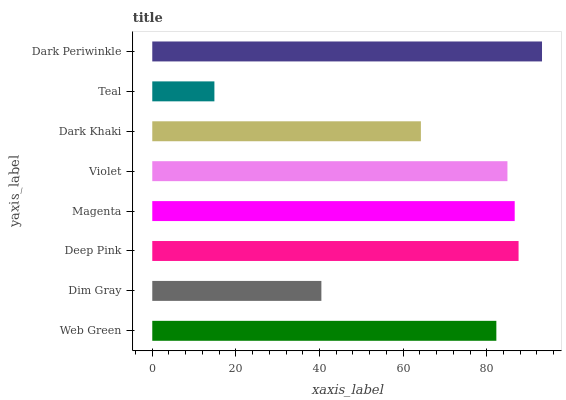
| yaxis_label | bars |
 | --- | --- |
 | Web Green | 82.3 |
 | Dim Gray | 40.4 |
 | Deep Pink | 87.6 |
 | Magenta | 86.7 |
 | Violet | 84.9 |
 | Dark Khaki | 64.2 |
 | Teal | 14.9 |
 | Dark Periwinkle | 93.2 |